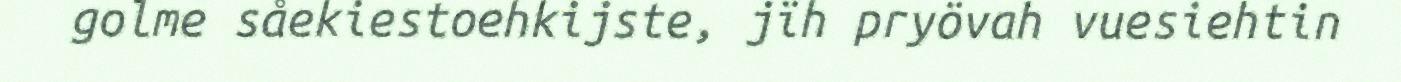
golme såekiestoehkijste, jïh pryövah vuesiehtin